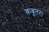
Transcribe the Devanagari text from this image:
कबूतर।